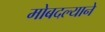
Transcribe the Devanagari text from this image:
मोबदल्याने